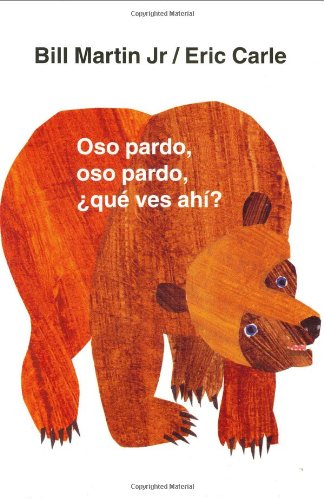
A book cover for Oso pardo, oso pardo, Â¿quÃ© ves ahÃ­? (Brown Bear and Friends) (Spanish Edition); Bill Martin; Children's Books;